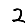
Digit: 2